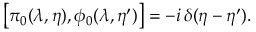
\left[ \pi _ { 0 } ( \lambda , \eta ) , \phi _ { 0 } ( \lambda , \eta ^ { \prime } ) \right] = - i \, \delta ( \eta - \eta ^ { \prime } ) .